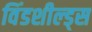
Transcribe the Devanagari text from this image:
विंडशील्ड्स